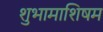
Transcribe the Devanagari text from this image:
शुभामाशिषम